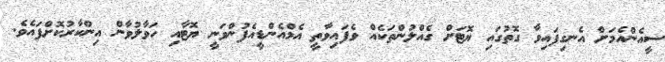
ސީއެންއެމަށް އެނގިފައިވާ ގޮތުގައި ޔޮޓަށް ގެއްލުންތަކެއް ވެފައިވާތީ އެމްއެންޑީއެފުންވަނީ ޔޮޓާއި ހަވާލުވާން އިންކާރުކޮށްފައެވެ.